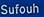
sufouh